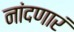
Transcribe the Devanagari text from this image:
नांदणारं